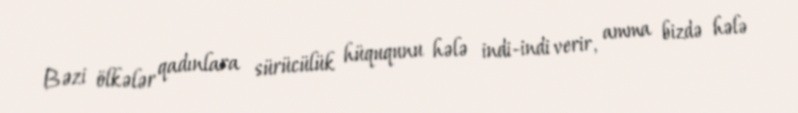
Bəzi ölkələr qadınlara sürücülük hüququnu hələ indi-indi verir, amma bizdə hələ